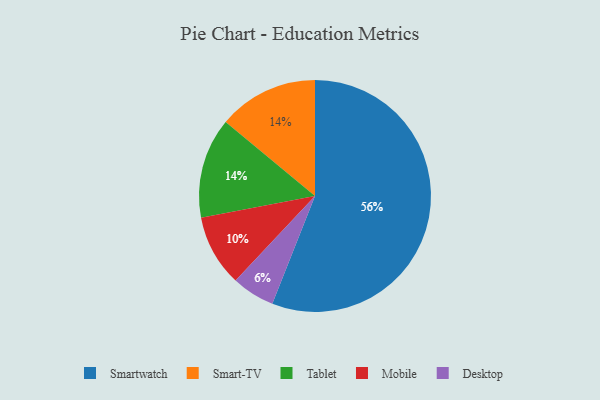
{"axis": {"x": "Category", "y": "Percentage"}, "legend": ["Desktop", "Mobile", "Smart-TV", "Smartwatch", "Tablet"], "data": [{"x": "Mobile", "y": 10, "type": "Mobile"}, {"x": "Desktop", "y": 6, "type": "Desktop"}, {"x": "Smart-TV", "y": 14, "type": "Smart-TV"}, {"x": "Tablet", "y": 14, "type": "Tablet"}, {"x": "Smartwatch", "y": 56, "type": "Smartwatch"}]}